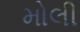
મોલી